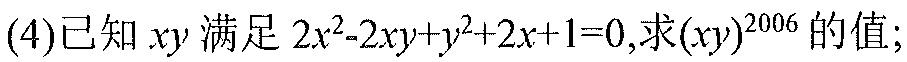
(4)已知 \(xy\) 满足 \(2x^{2}-2xy + y^{2}+2x + 1 = 0\),求\((xy)^{2006}\) 的值;